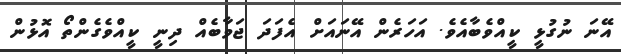
އޭނަ ނުގުޅީ ކީއްވެބާއެވެ. އަހަރެން އޭނައަށް އެފަދަ ޖަވާބެއް ދިނީ ކީއްވެގެންތޯ އޮޅުން